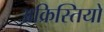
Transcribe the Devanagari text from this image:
अक्रिस्तियों